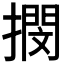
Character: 𢵢